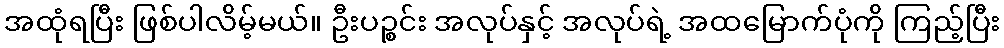
အထုံရပြီး ဖြစ်ပါလိမ့်မယ်။ ဦးပဉ္စင်း အလုပ်နှင့် အလုပ်ရဲ့ အထမြောက်ပုံကို ကြည့်ပြီး